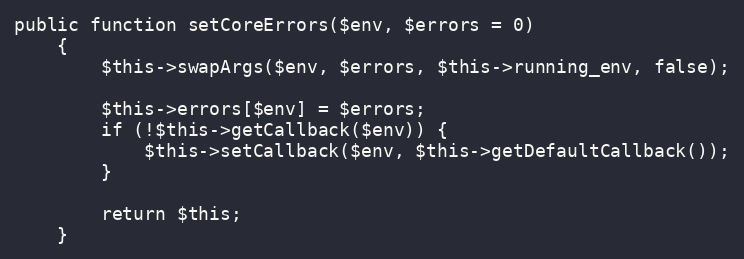
Language: PHP
public function setCoreErrors($env, $errors = 0)
    {
        $this->swapArgs($env, $errors, $this->running_env, false);

        $this->errors[$env] = $errors;
        if (!$this->getCallback($env)) {
            $this->setCallback($env, $this->getDefaultCallback());
        }

        return $this;
    }